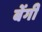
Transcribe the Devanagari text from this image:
बेंगी